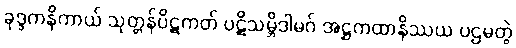
ခုဒ္ဒကနိကာယ် သုတ္တန်ပိဋကတ် ပဋိသမ္ဘိဒါမဂ် အဋ္ဌကထာနိဿယ ပဌမတွဲ